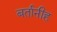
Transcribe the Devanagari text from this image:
बर्तानीह